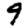
Digit: 9